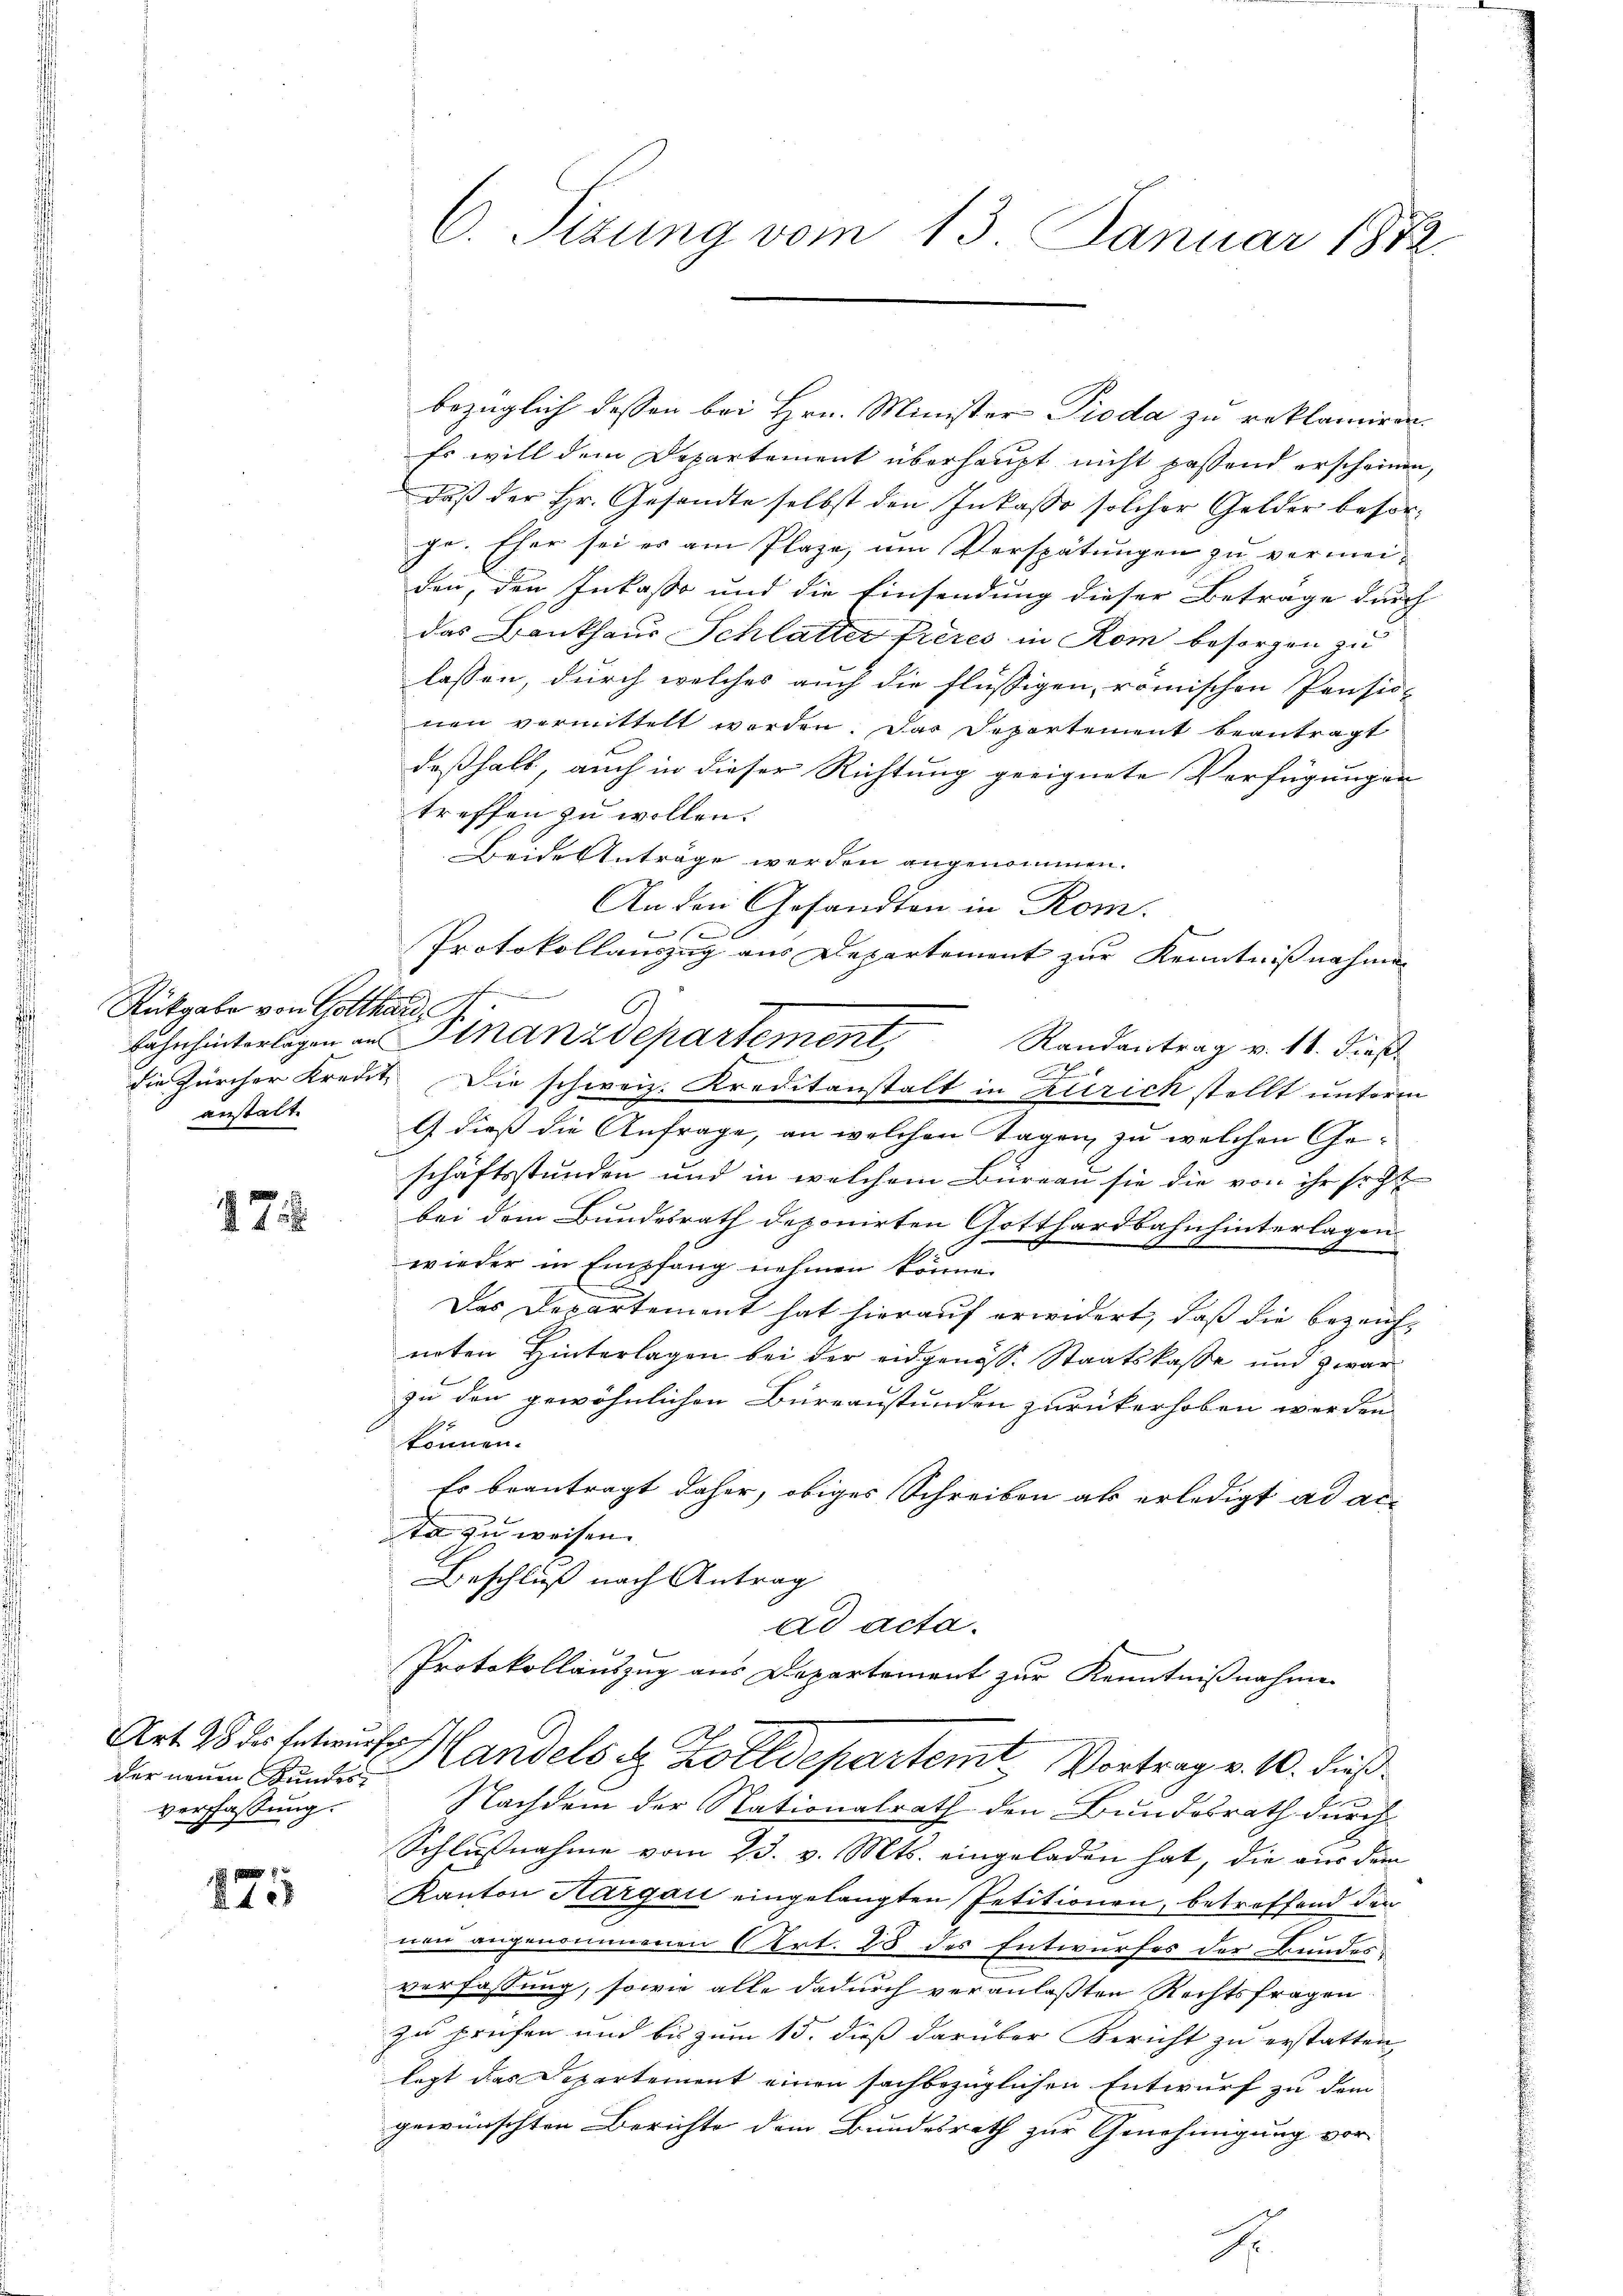
Rückgabe von Gotthard 6
anstalte

17

der neuen Bunder
verfaßung.

275

C. Sizung vom 13. Januar 1872.

bezüglich dessen bei Hrn. Minister Pioda zu reklamiren.
Es will dem Departement überhaupt nicht passend erscheinen,
daß der Hr. Gesandte selbst den Inkasso solcher Gelder besorje. Eher sei er am Plaze, um Verspätungen zu vermeiden, den Inkaße und die Einsendung dieser Beträge durch
das Bankhaus Schlatter frères in Rom besorgen zu
lassen, durch welches auch die flüssigen, römischen Pension
nen vormittelt worden. Das Departement beantragt
deßhalb, auch in dieser Richtung geeignete Verfügungen
treffen zu wollen.
Beide Anträge werden angenommen.
An den Gesandten in Rom.
f x
Protokollauszug aus Departement zur Kenntnißnahmen
bahn hinterlagen an Finanzdepartement,
Randantrag v. 11. dieß.
1
A
die fürcher Kredit Die schweiz. Kreditanstalt in zurich stellt unterm
G dieß die Anfrage, an welchen Tagen, zu welchen Geschäftsstunden und in welchem Büreau sie die von ihr sicht
bei dem Bundesrath deponirten Gotthardbahn hinterlagen
b.
wieder in Empfang nehmen könne.
Das Departement hat hierauf erwidert, daß die bezeichneten Hinterlagen bei der eidgenöss. Staatskasse und zwar
zu den gewöhnlichen Büreaustunden zurückerhoben werden
können.
Es beantragt daher, obiges Schreiben als erledigt ad ac
ta zu weisen.
Beschluß nach Antrag
ad acta.
Protokollauszug aus Departement zur Kenntnißnahme
Art 28 Xr etwas Handels d. Repartem Vortrag v. 10. dieß
Nachdem der Nationalrath den Bundesrath durch
Schlußnahme vom 23. v. Mts. eingeladen hat, die aus dem
Kanton Aargau eingelangten Petitionen, betroffend der
nen angenommenen Art. 25 des Entwurfes der Bundesverfassung, sowie alle dadurch veranlaßten Rechtsfragen
zu preifen und bis zum 15. dieß darüber Bericht zu erstatten,
legt das Departement einen sachbezüglichen Entwurf zu dem
gewünschten Berichte dem Bundesrath zur Genehmigung vor¬
.